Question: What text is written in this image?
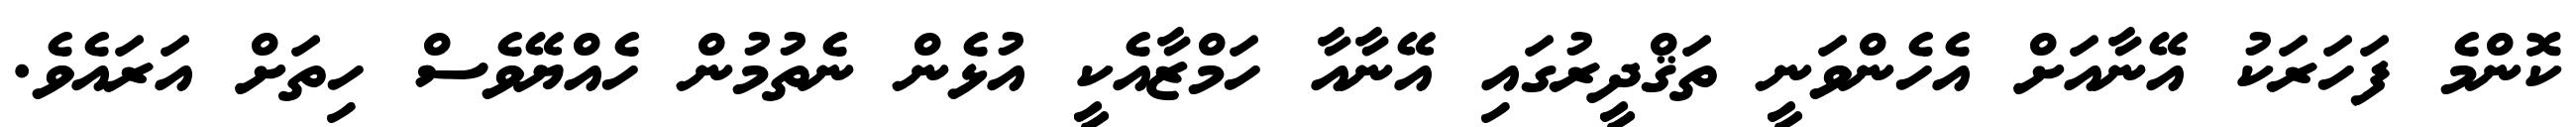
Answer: ކޮންމެ ފަހަރަކު އޭނާއަށް އެހެންވަނީ ތަޤްދީރުގައި އޭނާއާ ހަމްޒާއެކީ އުޅެން ނެތުމުން ހެއްޔޭވެސް ހިތަށް އަރައެވެ.